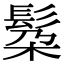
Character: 𮫄